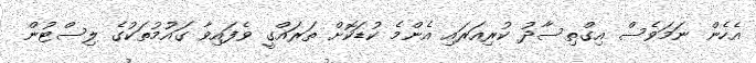
އެހެން ނަމަވެސް އިގްތިސާދު ކުރިއަރައި އެންމެ ކުޑަކޮށް ތަރައްގީ ވެފައިވާ ގައުމުތަކުގެ ލިސްޓުން